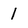
Character: 1